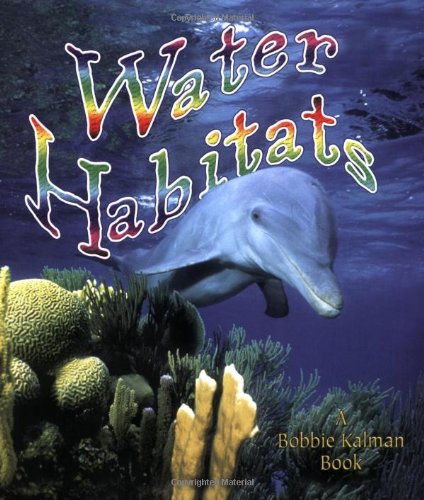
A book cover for Water Habitats (Introducing Habitats); Molly Aloian; Children's Books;